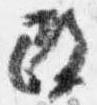
改